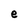
Character: e